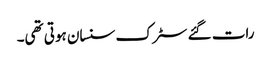
رات گئے سٹرک سنسان ہوتی تھی۔